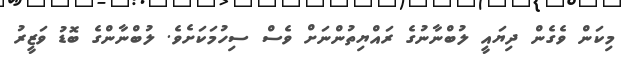
މިކަން ވެގެން ދިޔައީ ލުބްނާނުގެ ރައްޔިތުންނަށް ވެސް ސިހުމަކަށެވެ. ލުބްނާންގެ ބޮޑު ވަޒީރު